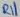
Text: R11